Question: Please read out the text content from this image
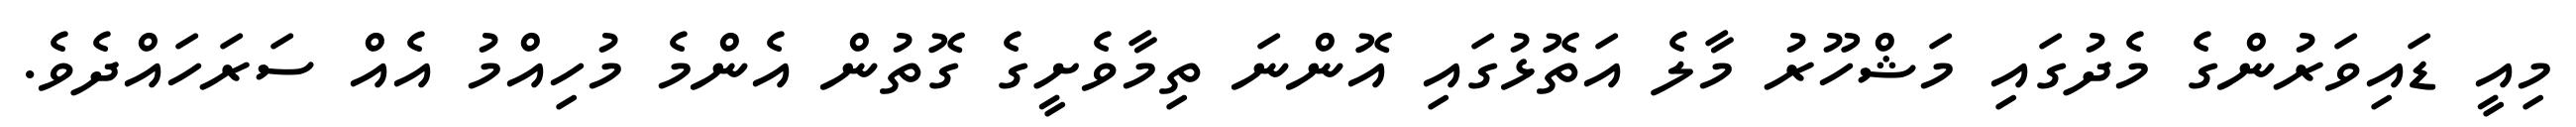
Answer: މިއީ ޑައިވަރުންގެ މެދުގައި މަޝްހޫރު މާލެ އަތޮޅުގައި އޮންނަ ތިމާވެށީގެ ގޮތުން އެންމެ މުހިއްމު އެއް ސަރަހައްދެވެ.